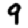
Digit: 9